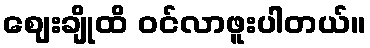
ဈေးချိုထိ ဝင်လာဖူးပါတယ်။